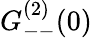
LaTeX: G_{--}^{(2)}(0)